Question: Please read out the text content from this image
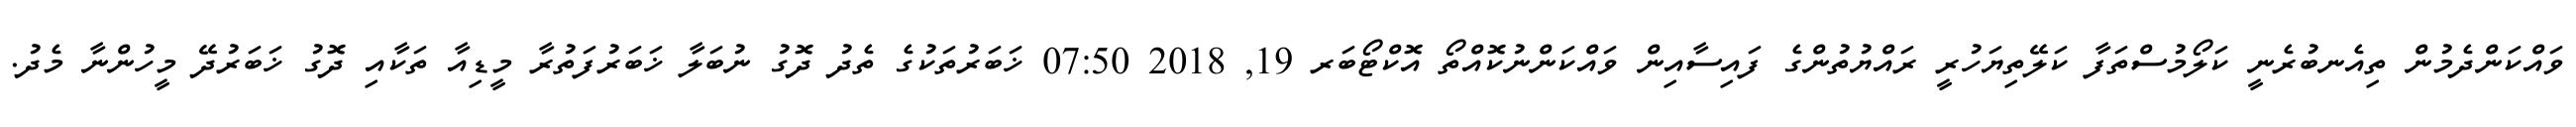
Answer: ވައްކަންދެމުން ތިއެނބުރެނީ ކަލޯމުސްތަފާ ކަލޭތިޔަހުރީ ރައްޔުތުންގެ ފައިސާއިން ވައްކަންނުކޮއްތޯ އޮކްޓޯބަރ 19, 2018 07:50 ޚަބަރުތަކުގެ ތެދު ދޮގު ނުބަލާ ޚަބަރުފަތުރާ މީޑިއާ ތަކާއި ދޮގު ޚަބަރުދޭ މީހުންނާ މެދު.